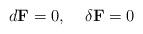
LaTeX: \begin{align*}d{\bf F}=0,\;\;\;\; \delta {\bf F} =0\end{align*}